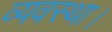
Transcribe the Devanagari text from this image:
व्‍यवस्‍था।